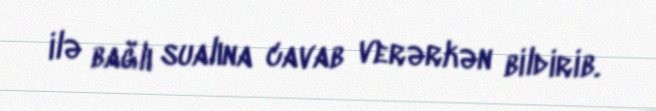
ilə bağlı sualına cavab verərkən bildirib.